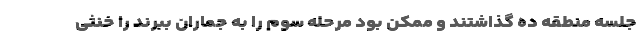
جلسه منطقه ده گذاشتند و ممکن بود مرحله سوم را به جماران ببرند را خنثی